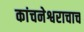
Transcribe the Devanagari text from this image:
कांचनेश्वराचाच